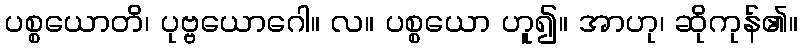
ပစ္စယောတိ၊ ပုဗ္ဗယောဂေါ။ လ။ ပစ္စယော ဟူ၍။ အာဟု၊ ဆိုကုန်၏။